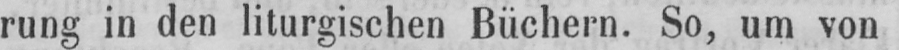
rung in den liturgischen Büchern. So, um von